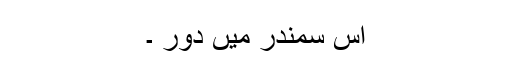
اس سمندر میں دور ۔